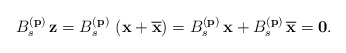
\begin{align*}B_s^{(\bf p)}\,{\bf z}=B_s^{(\bf p)}\,\left( {\bf x} + {\bf \overline{x}} \right)=B_s^{(\bf p)}\,{\bf x}+B_s^{(\bf p)}\,{\bf \overline{x}}={\bf 0}.\end{align*}